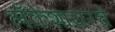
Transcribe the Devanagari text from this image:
लँकेशायरचे